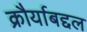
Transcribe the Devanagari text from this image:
क्रौर्याबद्दल